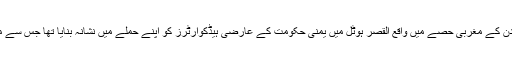
گذشتہ روز دوخودکش بمباروں نے عدن کے مغربی حصے میں واقع القصر ہوٹل میں یمنی حکومت کے عارضی ہیڈکوارٹرز کو اپنے حملے میں نشانہ بنایا تھا جس سے متعدد وزراء معمولی زخمی ہوئے ہیں۔